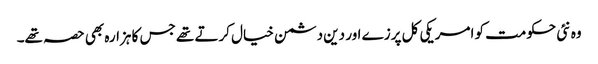
وہ نئی حکومت کو امریکی کل پرزے اور دین دشمن خیال کرتے تھے جس کا ہزارہ بھی حصہ تھے۔